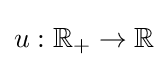
u:\mathbb {R} _{+}\to \mathbb {R}